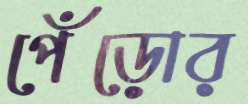
পেঁড়োর